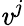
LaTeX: \mathit{v}^{j}